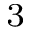
^ 3